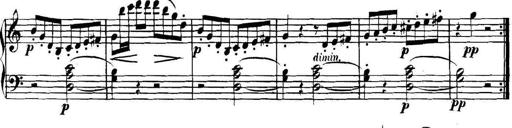
Title: Collected Piano Sonatas
Composer: Muzio Clementi